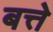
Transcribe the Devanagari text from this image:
बत्ते